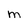
Character: m